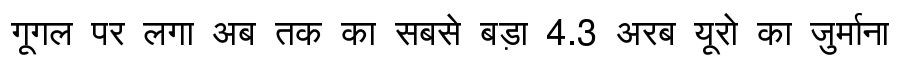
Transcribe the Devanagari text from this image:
गूगल पर लगा अब तक का सबसे बड़ा 4.3 अरब यूरो का जुर्माना